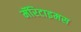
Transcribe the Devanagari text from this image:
मॅरिटाइमस